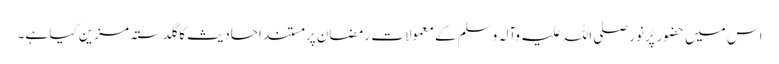
اس میں حضور پُرنور صلی اللہ علیہ وآلہ وسلم کے معمولاتِ رمضان پر مستند احادیث کا گلدستہ مزین کیا ہے۔